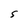
Character: S